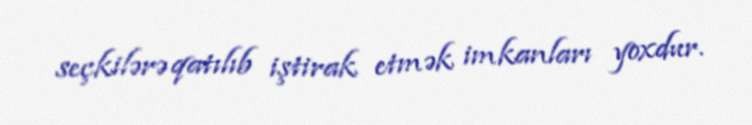
seçkilərə qatılıb iştirak etmək imkanları yoxdur.